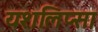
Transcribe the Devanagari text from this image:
यशलिप्सा